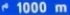
1000 m